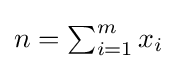
{\textstyle n=\sum _{i=1}^{m}x_{i}}